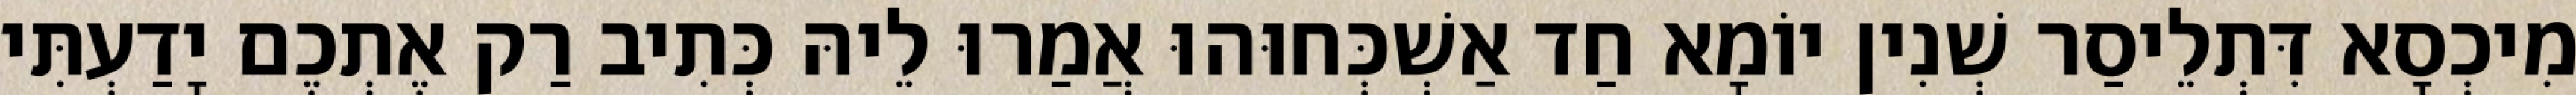
מִיכְסָא דִּתְלֵיסַר שְׁנִין יוֹמָא חַד אַשְׁכְּחוּהוּ אֲמַרוּ לֵיהּ כְּתִיב רַק אֶתְכֶם יָדַעְתִּי